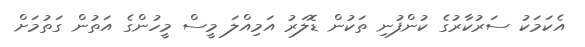
އެކަމަކު ސަރުކާރުގެ ކުންފުނި ތަކުން ޑޮލަރު އަމިއްލަ މީސް މީހުންގެ އަތުން ގަތުމަށް